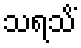
သရသိံ